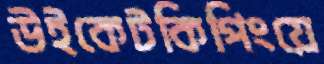
উইকেটকিপিংয়ে